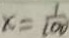
x = \frac { 1 } { 1 0 0 }